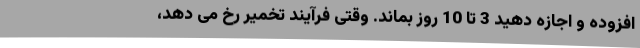
افزوده و اجازه دهید 3 تا 10 روز بماند. وقتی فرآیند تخمیر رخ می دهد،